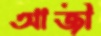
আজী